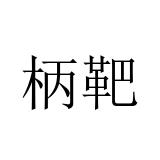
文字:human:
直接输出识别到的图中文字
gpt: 柄靶